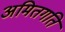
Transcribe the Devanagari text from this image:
अमितगति